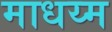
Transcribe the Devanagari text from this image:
माधय्म